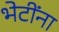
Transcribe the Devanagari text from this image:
भेटींना